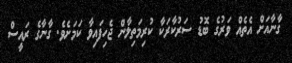
ގާނާއަށް އެތެއް ވަރުގެ ބޮޑު ސަރުކާރަކާ ކުރިމަތިލާން ޖެހިފައިވާ ކަމަށެވެ. ގާނާގެ ރައީސް